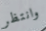
وانتظر